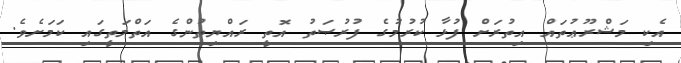
އެކި މަޝްރޫޢުތައް އިތުރަށް ފުޅާ ކުރުމުގެ ފުރުޞަތު އޮތީ ރައްޔިތުންގެ އަތްމަތީގައި ކަމަށެވެ.